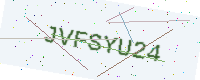
Text: JVFSYU24